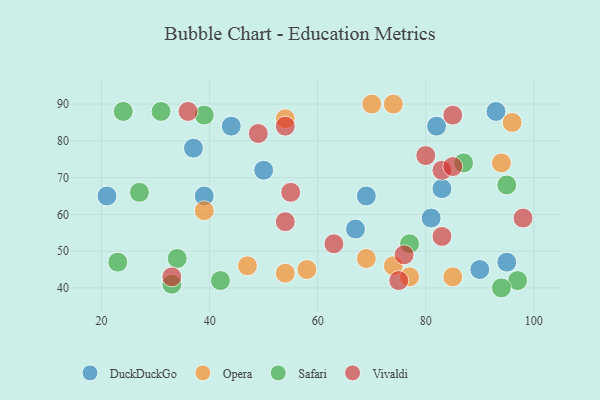
{"axis": {"x": "GDP", "y": "Life Expectancy"}, "legend": ["DuckDuckGo", "Opera", "Safari", "Vivaldi"], "data": [{"x": "44", "y": 84, "type": "DuckDuckGo"}, {"x": "83", "y": 67, "type": "DuckDuckGo"}, {"x": "90", "y": 45, "type": "DuckDuckGo"}, {"x": "95", "y": 47, "type": "DuckDuckGo"}, {"x": "81", "y": 59, "type": "DuckDuckGo"}, {"x": "37", "y": 78, "type": "DuckDuckGo"}, {"x": "69", "y": 65, "type": "DuckDuckGo"}, {"x": "39", "y": 65, "type": "DuckDuckGo"}, {"x": "67", "y": 56, "type": "DuckDuckGo"}, {"x": "21", "y": 65, "type": "DuckDuckGo"}, {"x": "82", "y": 84, "type": "DuckDuckGo"}, {"x": "93", "y": 88, "type": "DuckDuckGo"}, {"x": "50", "y": 72, "type": "DuckDuckGo"}, {"x": "70", "y": 90, "type": "Opera"}, {"x": "54", "y": 44, "type": "Opera"}, {"x": "39", "y": 61, "type": "Opera"}, {"x": "74", "y": 46, "type": "Opera"}, {"x": "85", "y": 43, "type": "Opera"}, {"x": "54", "y": 86, "type": "Opera"}, {"x": "96", "y": 85, "type": "Opera"}, {"x": "94", "y": 74, "type": "Opera"}, {"x": "58", "y": 45, "type": "Opera"}, {"x": "69", "y": 48, "type": "Opera"}, {"x": "47", "y": 46, "type": "Opera"}, {"x": "74", "y": 90, "type": "Opera"}, {"x": "77", "y": 43, "type": "Opera"}, {"x": "95", "y": 68, "type": "Safari"}, {"x": "97", "y": 42, "type": "Safari"}, {"x": "23", "y": 47, "type": "Safari"}, {"x": "31", "y": 88, "type": "Safari"}, {"x": "24", "y": 88, "type": "Safari"}, {"x": "27", "y": 66, "type": "Safari"}, {"x": "77", "y": 52, "type": "Safari"}, {"x": "94", "y": 40, "type": "Safari"}, {"x": "33", "y": 41, "type": "Safari"}, {"x": "87", "y": 74, "type": "Safari"}, {"x": "34", "y": 48, "type": "Safari"}, {"x": "39", "y": 87, "type": "Safari"}, {"x": "42", "y": 42, "type": "Safari"}, {"x": "76", "y": 49, "type": "Vivaldi"}, {"x": "33", "y": 43, "type": "Vivaldi"}, {"x": "49", "y": 82, "type": "Vivaldi"}, {"x": "83", "y": 72, "type": "Vivaldi"}, {"x": "75", "y": 42, "type": "Vivaldi"}, {"x": "80", "y": 76, "type": "Vivaldi"}, {"x": "85", "y": 73, "type": "Vivaldi"}, {"x": "85", "y": 87, "type": "Vivaldi"}, {"x": "36", "y": 88, "type": "Vivaldi"}, {"x": "83", "y": 54, "type": "Vivaldi"}, {"x": "54", "y": 84, "type": "Vivaldi"}, {"x": "54", "y": 58, "type": "Vivaldi"}, {"x": "63", "y": 52, "type": "Vivaldi"}, {"x": "98", "y": 59, "type": "Vivaldi"}, {"x": "55", "y": 66, "type": "Vivaldi"}]}